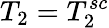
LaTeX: T_{2}=T_{2}^{sc}